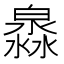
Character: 𤀁